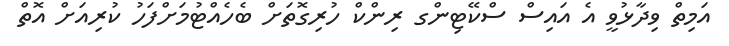
އަމިތް ވިދާޅުވީ އެ އައިސް ސްކޭޓިންގ ރިންކް ހުރިގޮތަަށް ބެހެއްޓުމަށްފަހު ކުރިއަށް އޮތް